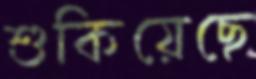
শুকিয়েছে